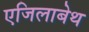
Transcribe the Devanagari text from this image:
एजिलाबेथ